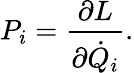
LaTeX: P_{i}={\frac{\partial L}{\partial{\dot{Q}}_{i}}}.